Scottish Certificate of Education, 1963
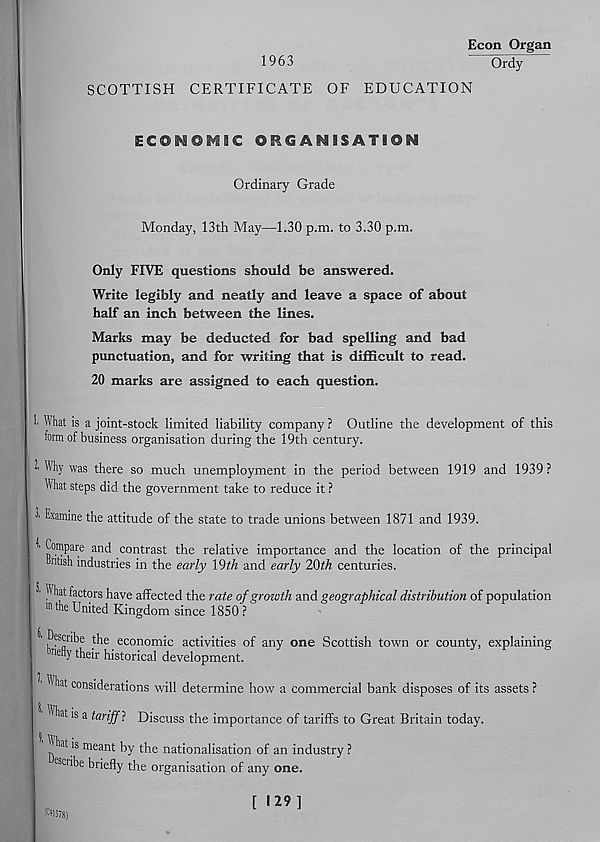
Econ Organ
1963
Ordy
SCOTTISH CERTIFICATE OF EDUCATION
E€$m©lvS9€ ORGANISATION
Ordinary Grade
Monday, 13th May—1.30 p.m. to 3.30 p.m.
Only FIVE questions should be answered.
Write legibly and neatly and leave a space of about
half an inch between the lines.
Marks may be deducted for bad spelling and bad
punctuation, and for writing that is difficult to read.
20 marks are assigned to each question.
1 What is a joint-stock limited liability company ? Outline the development of this
form of business organisation during the 19th century.
' % was there so much unemployment in the period between 1919 and 1939 ?
What steps did the government take to reduce it ?
1 Examine the attitude of the state to trade unions between 1871 and 1939.
1 Compare and contrast the relative importance and the location of the principal
hiitish industries in the early 19th and early 20th centuries.
1 A hat factors have affected the rate of growth and geographical distribution of population
mthe United Kingdom since 1850 ?
economic activities of any one Scottish town or county, explaining
ndiy their historical development.
11 hat considerations will determine how a commercial bank disposes of its assets?
^a t ' s a tariff 1 Discuss the importance of tariffs to Great Britain today.
11 hat is meant by the nationalisation of an industry ?
Scribe briefly the organisation of any one.